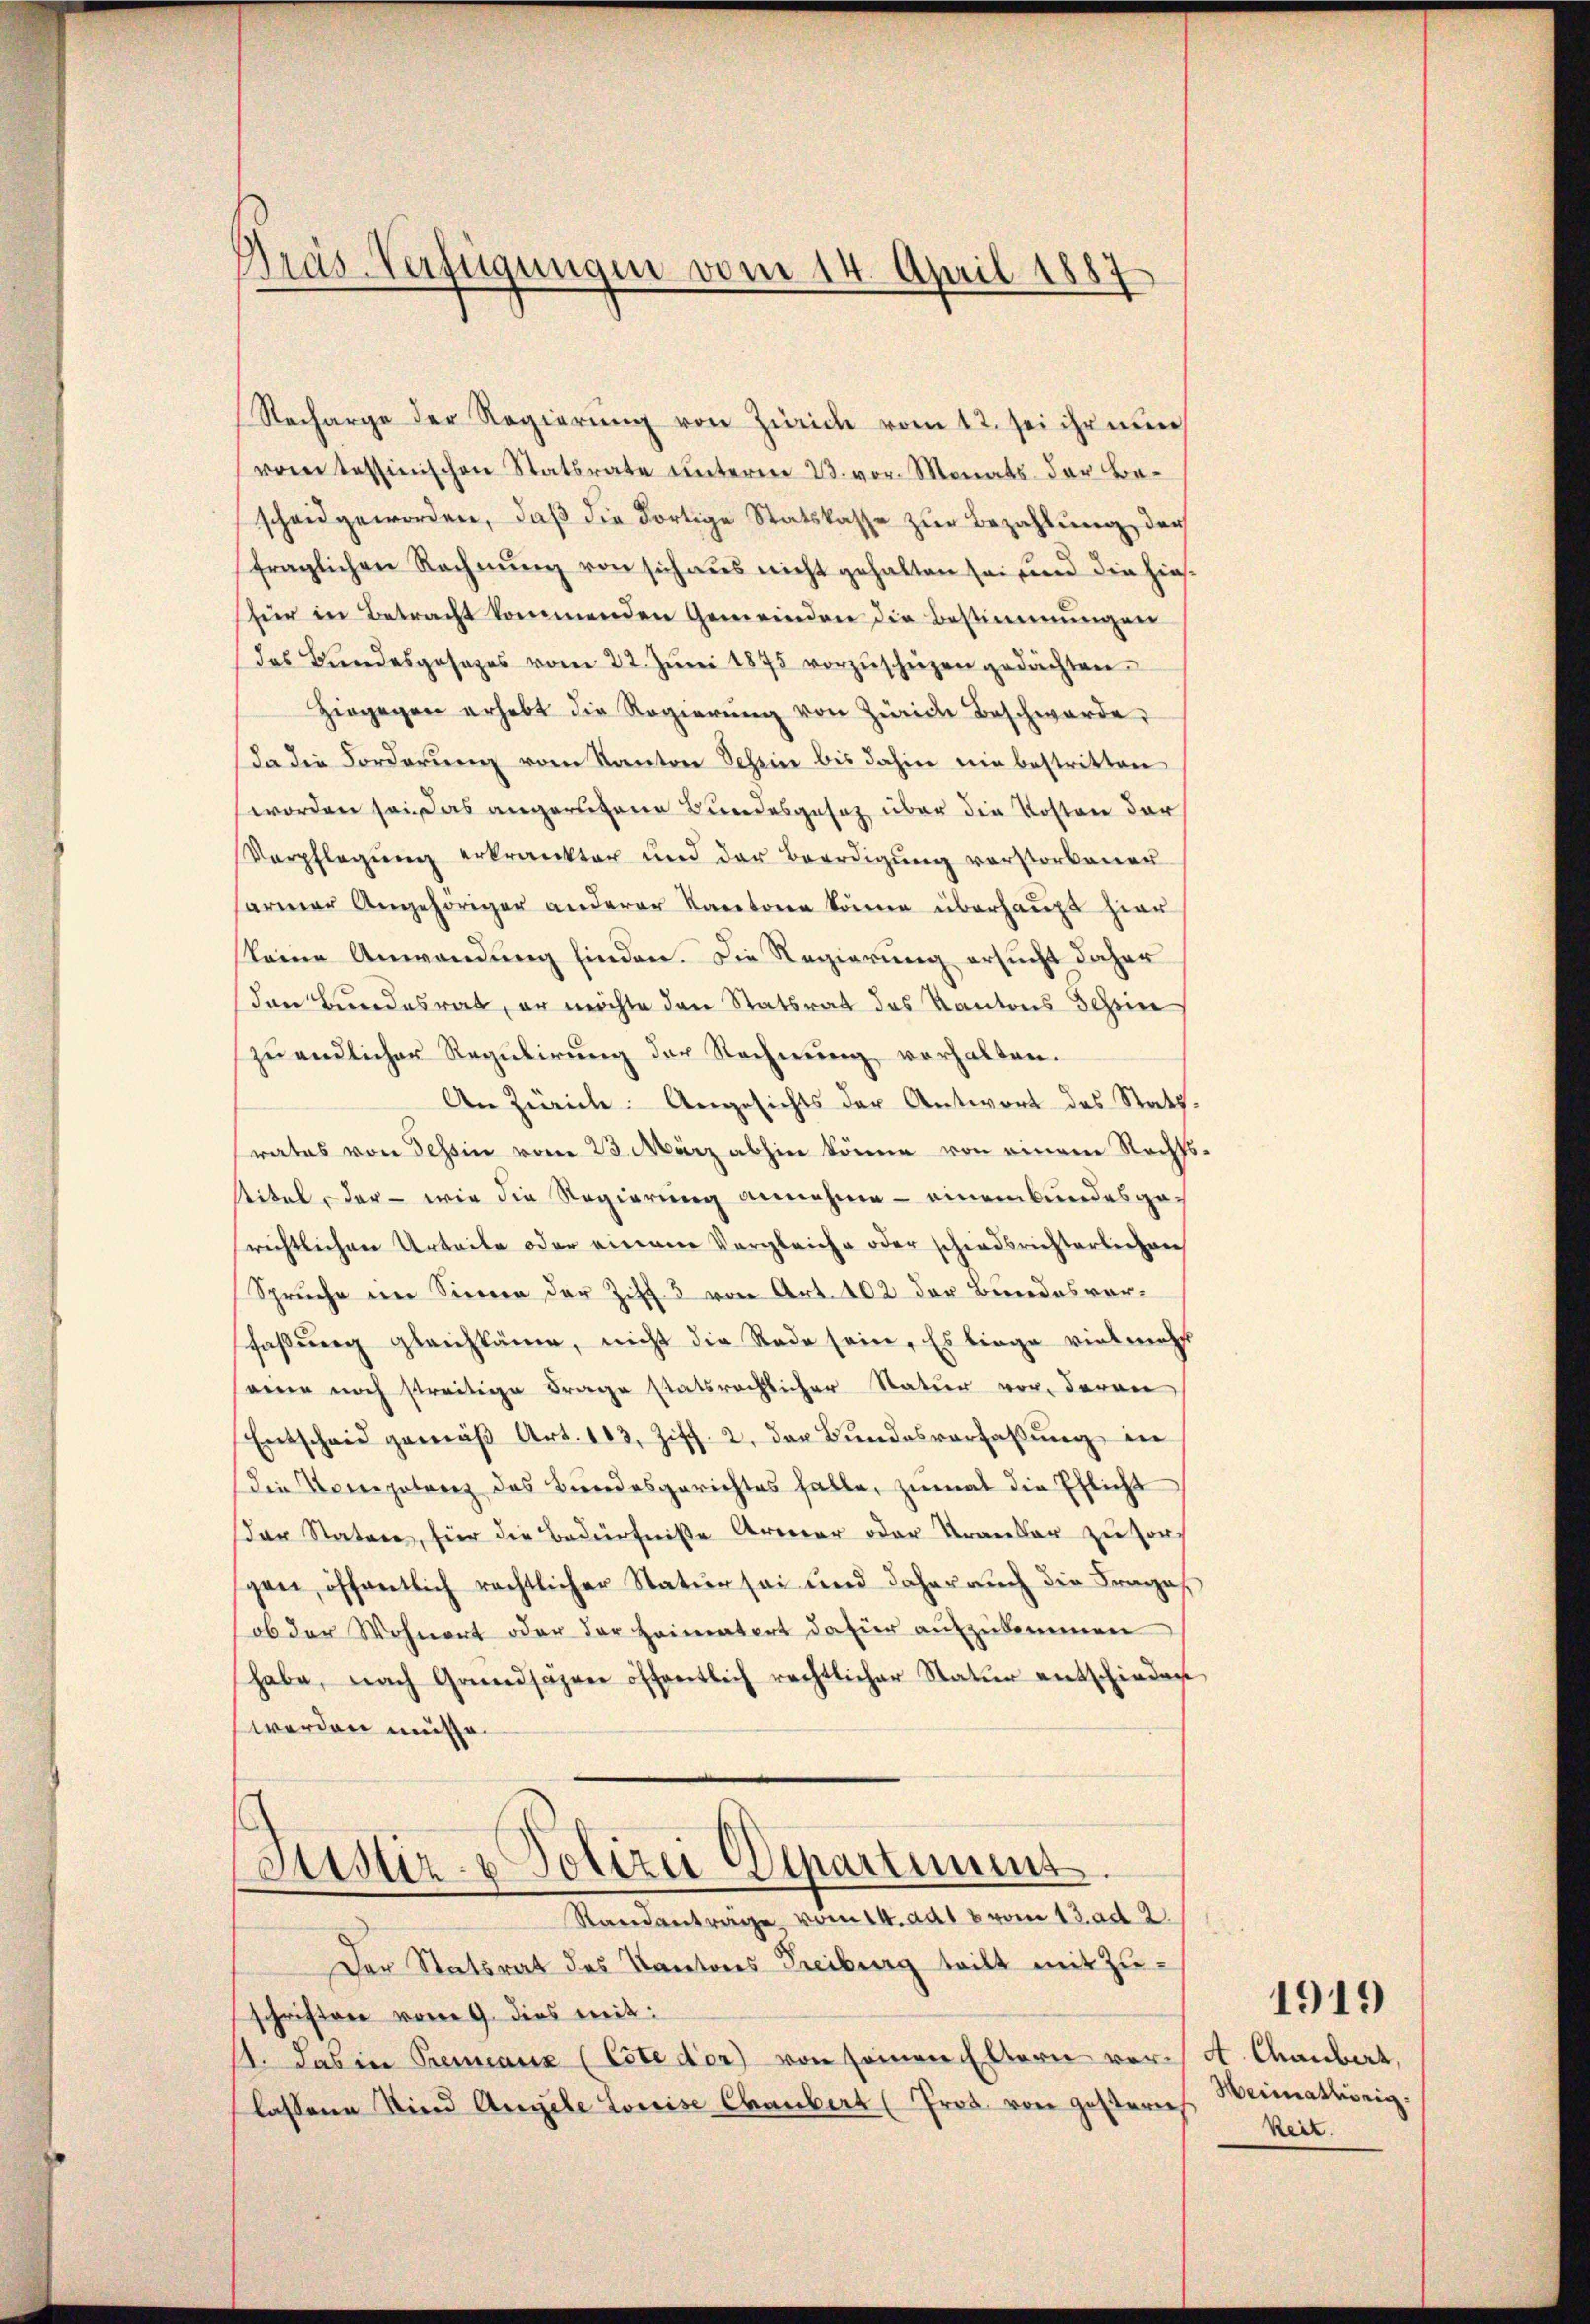
Pras-Verfügungen vom 14. April 1887

Recharge der Regierŭng von Zürich vom 12. Sei ihr nun
vom tessinischen Statsrate unterm 23. vor. Monats der Be-
scheid geworden, daß die dortige Statskasse zur Bezahlung der
fraglichen Rechnŭng von sich aus nicht gehalten sei und die hiesfür in Betracht kommenden Gemeinden die Bestimmungen
das Bundesgesezes vom 22. Jŭni 1875 vorzŭschützen gedachten.
Hingegen erhebt die Regierŭng von Zürich Beschwerde
da die Forderŭng vom Kanton Schein bis dahin ein bestritten
worden sei, das angerufene Bundesgesetz über die Kosten der
Verpflegung erkränkter und der Beerdigŭng verstorbener
armer Angehöriger anderer Kantone könne überhaupt hier
(keine Anwendung finden. Die Regierung ersucht daher
den Bundesrat, er möchte den Statsrat des Kantons Schein
zu endlicher Regulirung der Rechnung vorhalten.
An Zwick: Angesichts der Antwort des Stattrates von Tessin vom 23. März abhin könne von einem Rechts
stitel, der - wie die Regierung annehme - einem bundesgerichtlichen Urteile oder einem Vergleiche oder schiedsrichterlichen
Spruche im Sinnen der Ziff. 3 von Art. 102 der Bundesverfaßung gleichkäme, nicht die Rade sein. Es liege vielmehr
eine noch streitige Frage statsrechlicher Natur vor, deren
Entscheid gemäβ Art. 103, Ziff. 2. der Bundesverfaßung in
die Kompetenz des Bundesgerichtes falle, zumal die Pflicht
der Nature, für die Bedürfniße Armer oder Kranker zu sorgen, öffentlich rechtlicher Natur sei und daher auch die Frages
ob der Wohnort oder der Heimatert dafür aŭfzŭkommen
habe, nach Grundsazene öffentlich rechtlicher Natur entschieden
werden müsse.
Justiz- & Polizei Departiment.
Standantrage vom 14. dat vom 13. ad 2.
Der Statsrat des Kantons Freiburg teilt mit Zuschriften vom 9. dies weit
11. Das in Premeaux (Este der von Sommen lern vorlassene Kind Angele Louise Chaubert (Prod. von gestern

A. Chaubert,
Weimathörig.
keit.

1919